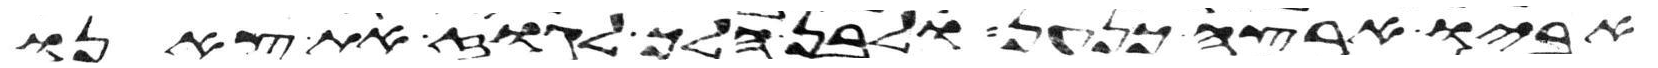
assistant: אביו ארצה כנען ולבן הלך לגוז את צאנו